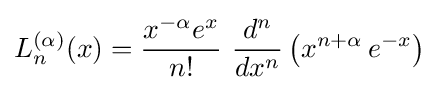
L_{n}^{(\alpha )}(x)={\frac {x^{-\alpha }e^{x}}{n!}}\ {\frac {d^{n}}{dx^{n}}}\left(x^{n+\alpha }\,e^{-x}\right)